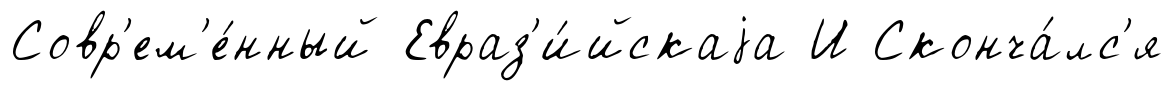
Совр'ем'е́нный Евраз'и́йскаjа И Сконча́лс'я